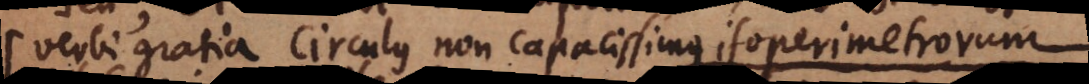
Verbi gratia circulus non capacissimus isoperimetrorum